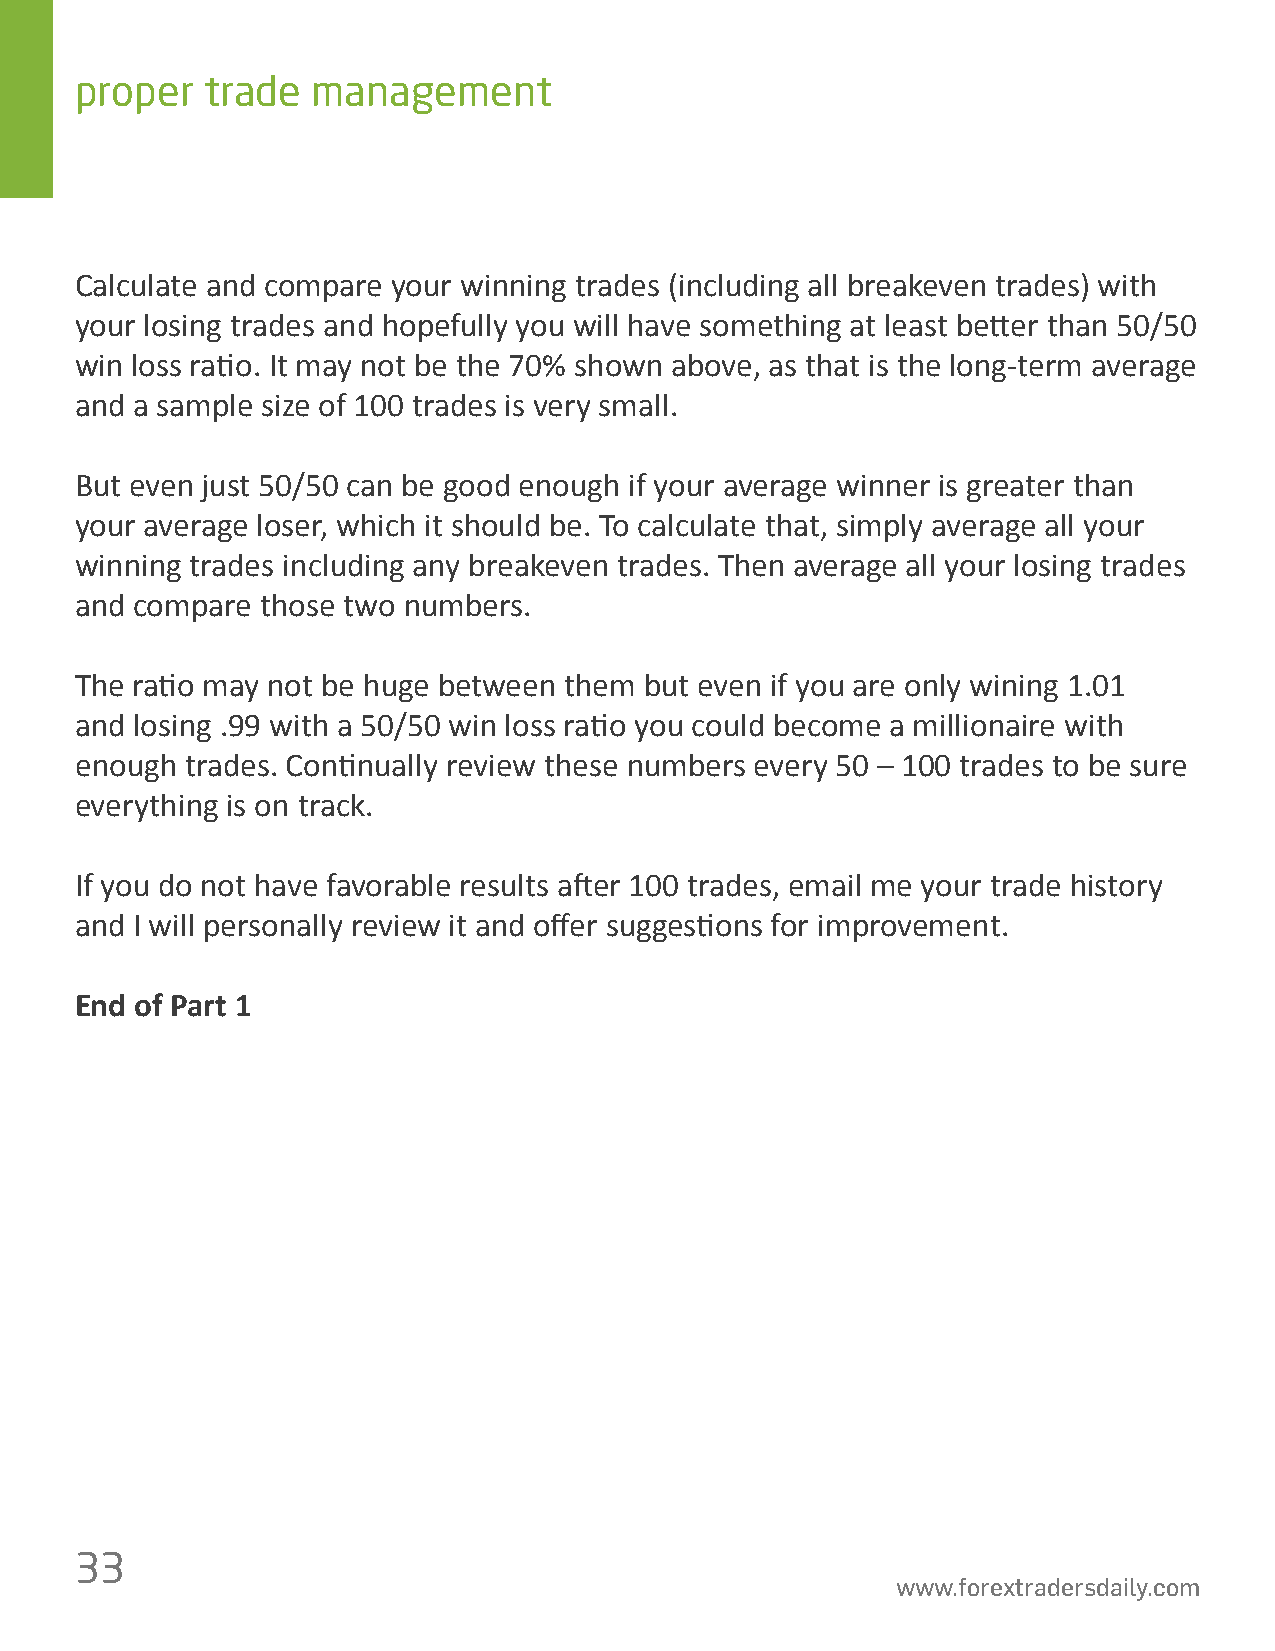
proper   trade  management
 Calculate and compare your winning trades (including all breakeven trades) with
 your losing trades and hopefully you will have something at least be琀琀er than 50/50
 win loss ra琀椀o. It may not be the 70% shown above, as that is the long-term average
 and a sample size of 100 trades is very small.
 But even just 50/50 can be good enough if your average winner is greater than
 your average loser, which it should be. To calculate that, simply average all your
 winning trades including any breakeven trades. Then average all your losing trades
 and compare those two numbers.
 The ra琀椀o may not be huge between them but even if you are only wining 1.01
 and losing .99 with a 50/50 win loss ra琀椀o you could become a millionaire with
 enough trades. Con琀椀nually review these numbers every 50 – 100 trades to be sure
 everything is on track.
 If you do not have favorable results a昀琀er 100 trades, email me your trade history
 and I will personally review it and o昀昀er sugges琀椀ons for improvement.
 End of Part 1
 33
 www.forextradersdaily.com